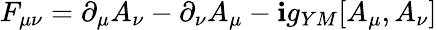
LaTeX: F_{\mu\nu}=\partial_{\mu}A_{\nu}-\partial_{\nu}A_{\mu}-\mathbf{i}g_{YM}[A_{\mu},A_{\nu}]